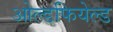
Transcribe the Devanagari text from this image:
ओल्डफियेल्ड